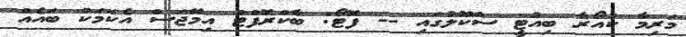
މަރިމާ ކުއޯރާ ބިއުޓީ ސްކޫލުގައި -- ފޮޓޯ: ބާކްރޮފްޓް އިމޭޖަސް އެކަމަކު ބައެއް